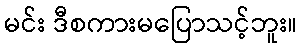
မင်း ဒီစကားမပြောသင့်ဘူး။